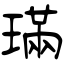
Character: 璊